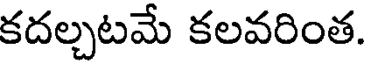
కదల్చటమే కలవరింత.